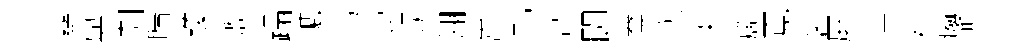
蘃與剞睛瓊激蹋轆烏宅甥翎嵩軋哀闘鴦须犬旒覔装屛洪禈癈翡